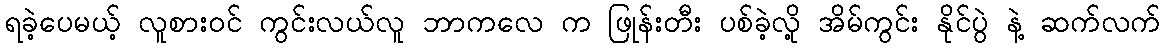
ရခဲ့ပေမယ့် လူစားဝင် ကွင်းလယ်လူ ဘာကလေ က ဖြုန်းတီး ပစ်ခဲ့လို့ အိမ်ကွင်း နိုင်ပွဲ နဲ့ ဆက်လက်